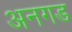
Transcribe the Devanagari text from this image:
अनगड